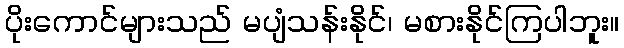
ပိုးကောင်များသည် မပျံသန်းနိုင်၊ မစားနိုင်ကြပါဘူး။